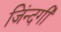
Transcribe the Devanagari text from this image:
जिंन्दगी